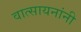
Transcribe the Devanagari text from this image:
वात्सायनांनी